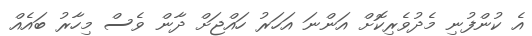
އެ ކުންފުނި މެދުވެރިކޮށް އަންނަ އަހަރު ހައްޖަށް ދާން ވެސް މިހާރު ބައެއް